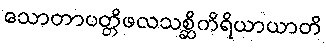
သောတာပတ္တိဖလသစ္ဆိကိရိယာယာတိ